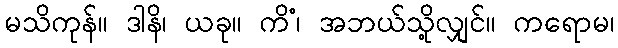
မသိကုန်။ ဒါနိ၊ ယခု။ ကိံ၊ အဘယ်သို့လျှင်။ ကရောမ၊